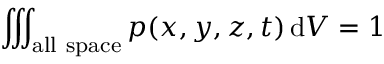
\iiint _ { \mathrm { a l l ~ s p a c e } } p ( x , y , z , t ) \, \mathrm { d } V = 1